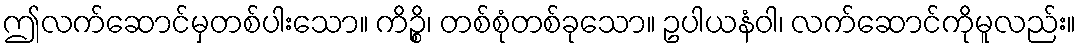
ဤလက်ဆောင်မှတစ်ပါးသော။ ကိဉ္စိ၊ တစ်စုံတစ်ခုသော။ ဥပါယနံဝါ၊ လက်ဆောင်ကိုမူလည်း။